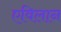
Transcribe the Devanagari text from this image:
एविलान